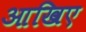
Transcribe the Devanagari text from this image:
आखिए